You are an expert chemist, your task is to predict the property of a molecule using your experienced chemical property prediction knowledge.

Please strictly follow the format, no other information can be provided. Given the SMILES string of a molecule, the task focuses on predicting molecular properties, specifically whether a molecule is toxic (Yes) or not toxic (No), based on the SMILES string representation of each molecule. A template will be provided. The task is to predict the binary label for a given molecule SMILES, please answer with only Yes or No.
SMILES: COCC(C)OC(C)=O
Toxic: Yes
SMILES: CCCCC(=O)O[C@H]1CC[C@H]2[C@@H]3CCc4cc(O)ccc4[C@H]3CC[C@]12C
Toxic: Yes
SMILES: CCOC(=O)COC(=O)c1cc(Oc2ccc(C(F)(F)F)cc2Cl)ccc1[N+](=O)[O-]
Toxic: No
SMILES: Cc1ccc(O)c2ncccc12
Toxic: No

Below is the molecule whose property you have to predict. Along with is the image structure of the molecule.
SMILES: COC(=O)C1=C(C)NC(C)=C(C(=O)O[C@H]2CCN(Cc3ccccc3)C2)[C@H]1c1cccc([N+](=O)[O-])c1
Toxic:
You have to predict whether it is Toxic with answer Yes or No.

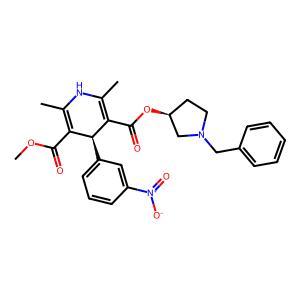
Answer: No